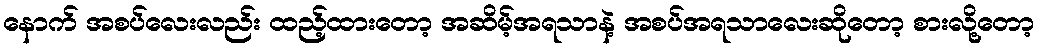
နောက် အစပ်လေးလည်း ထည့်ထားတော့ အဆိမ့်အရသာနဲ့ အစပ်အရသာလေးဆိုတော့ စားလို့တော့